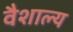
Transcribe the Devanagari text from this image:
वैशाल्य